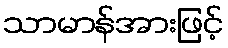
သာမာန်အားဖြင့်